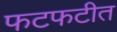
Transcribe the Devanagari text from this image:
फटफटीत